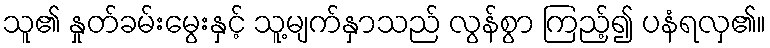
သူ၏ နှုတ်ခမ်းမွေးနှင့် သူ့မျက်နှာသည် လွန်စွာ ကြည့်၍ ပနံရလှ၏။